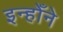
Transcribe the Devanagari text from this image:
इन्होँने